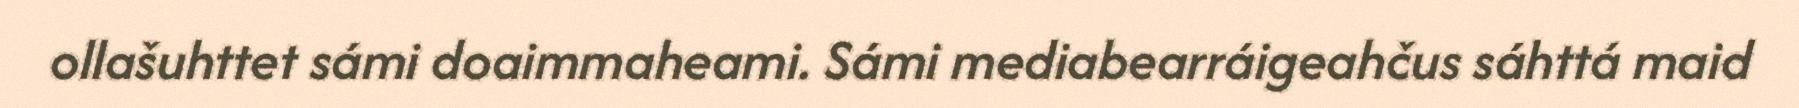
ollašuhttet sámi doaimmaheami. Sámi mediabearráigeahčus sáhttá maid